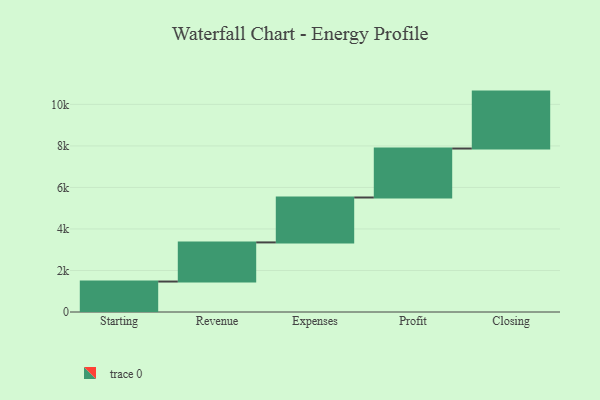
{"axis": {"x": "Step", "y": "Value"}, "legend": [""], "data": [{"x": "Starting", "y": 1467.0, "type": ""}, {"x": "Revenue", "y": 1885.0, "type": ""}, {"x": "Expenses", "y": 2163.0, "type": ""}, {"x": "Profit", "y": 2359.0, "type": ""}, {"x": "Closing", "y": 2742.0, "type": ""}]}